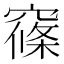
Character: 窱